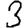
Digit: 3